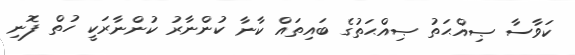
ކަވާސާ ޞިއްޙަތު ޞިއްޙަތުގެ ބައިތައް ކާނާ ކުންނާރު ކުންނާރަކީ ހުތް ފޮނި